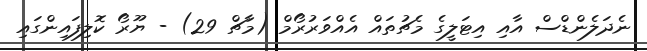
ނެދަލެންޑްސް އާއި އިޓަލީގެ މެޗުތައް އެއްވަރުރޯމް (މާޗް 29) - ޔޫރޯ ކޮލިފައިންގައި